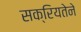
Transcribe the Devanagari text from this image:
सक्रियतेने